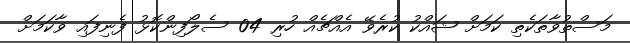
މަސްތުވާތަކެތި ކަމަށް ޝައްކު ކުރެވޭ އެއްޗެއް ހުރި 04 ސެލޯފިންކޮޅު ފެނިފައި ވާކަމަށް